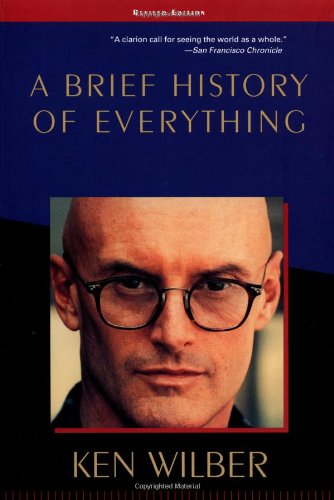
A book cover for A Brief History of Everything; Ken Wilber; Politics & Social Sciences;